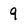
Character: 9